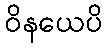
ဝိနယေပိ